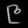
Digit: ၉